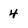
Character: 4